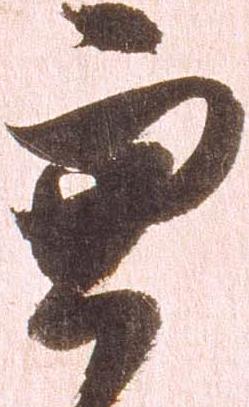
兼